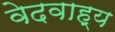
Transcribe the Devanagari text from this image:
वेदवाह्य